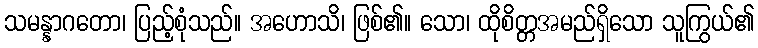
သမန္နာဂတော၊ ပြည့်စုံသည်။ အဟောသိ၊ ဖြစ်၏။ သော၊ ထိုစိတ္တအမည်ရှိသော သူကြွယ်၏